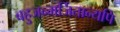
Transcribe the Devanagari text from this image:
बहुजन्मर्जितान्यपि